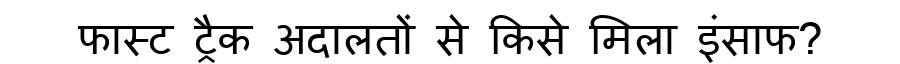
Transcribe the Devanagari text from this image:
फास्ट ट्रैक अदालतों से किसे मिला इंसाफ?